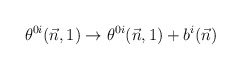
\begin{align*}\theta^{0i}(\vec n,1) \to \theta^{0i}(\vec n,1) +b^i(\vec n)\end{align*}